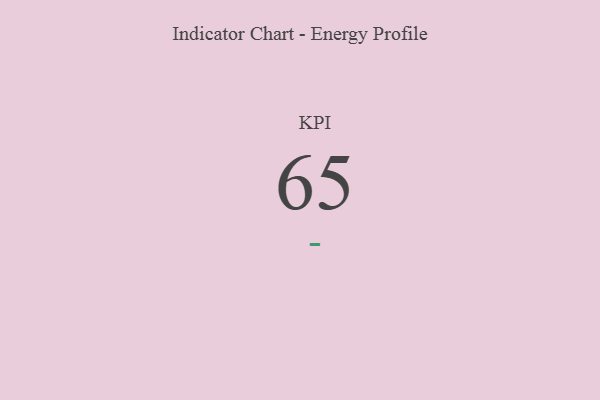
{"axis": {"x": "KPI", "y": "Value"}, "legend": [""], "data": [{"x": "KPI", "y": 65, "type": ""}]}